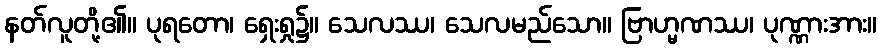
နတ်လူတို့၏။ ပုရတော၊ ရှေးရှု၌။ သေလဿ၊ သေလမည်သော။ ဗြာဟ္မဏဿ၊ ပုဏ္ဏားအား။